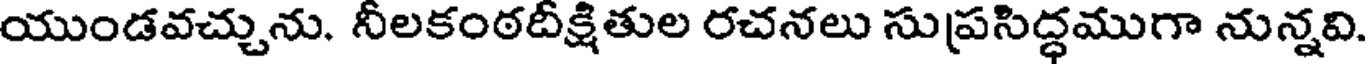
యుండవచ్చును. నీలకంఠదీక్షితుల రచనలు సుప్రసిద్ధముగా నున్నవి.